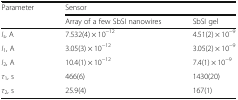
<table><thead><tr><td rowspan="2"><b>Parameter</b></td><td colspan="2"><b>Sensor</b></td></tr><tr><td><b>Array of a few SbSI nanowires</b></td><td><b>SbSI gel</b></td></tr></thead><tbody><tr><td><i>I</i><sub><i>s</i></sub>, A</td><td>7.532(4) × 10<sup>−12</sup></td><td>4.51(2) × 10<sup>−9</sup></td></tr><tr><td><i>I</i><sub>1</sub>, A</td><td>3.05(3) × 10<sup>−12</sup></td><td>3.05(2) × 10<sup>−9</sup></td></tr><tr><td><i>I</i><sub>2</sub>, A</td><td>10.4(1) × 10<sup>−12</sup></td><td>7.4(1) × 10<sup>−9</sup></td></tr><tr><td><i>τ</i><sub>1</sub>, s</td><td>466(6)</td><td>1430(20)</td></tr><tr><td><i>τ</i><sub>2</sub>, s</td><td>25.9(4)</td><td>167(1)</td></tr></tbody></table>